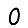
Digit: 0